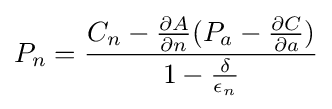
P_{n}={\frac {C_{n}-{\frac {\partial A}{\partial n}}(P_{a}-{\frac {\partial C}{\partial a}})}{1-{\frac {\delta }{\epsilon _{n}}}}}